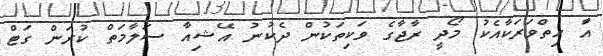
އަާ ހިތްވަރަކާއެކު މޯދީ ރާޖާގެ ވަކިތަކުން ދެކުނު އޭޝިއާ ސަލާމަތް ކުރަން ގަޓް